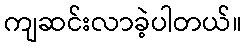
ကျဆင်းလာခဲ့ပါတယ်။